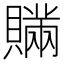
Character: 𧸕